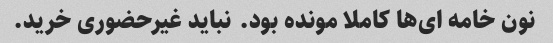
نون خامه ای‌ها کاملا مونده بود. نباید غیرحضوری خرید.